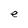
Character: e